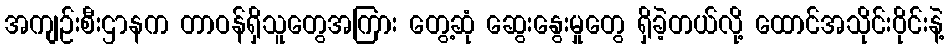
အကျဉ်းစီးဌာနက တာဝန်ရှိသူတွေအကြား တွေ့ဆုံ ဆွေးနွေးမှုတွေ ရှိခဲ့တယ်လို့ ထောင်အသိုင်းဝိုင်းနဲ့